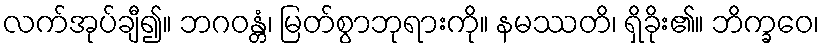
လက်အုပ်ချီ၍။ ဘဂဝန္တံ၊ မြတ်စွာဘုရားကို။ နမဿတိ၊ ရှိခိုး၏။ ဘိက္ခဝေ၊